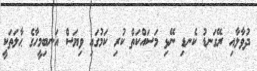
ދުވާލާއި ރޭގަނޑު ކެނޑި ނޭޅި މަސައްކަތް ކުރި ކަމުގައި ވިޔަސް އަނބިމީހާގެ ޙާލަތަކީ